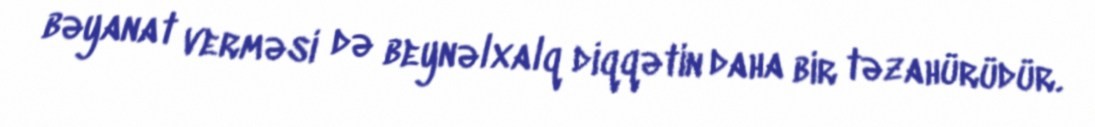
bəyanat verməsi də beynəlxalq diqqətin daha bir təzahürüdür.